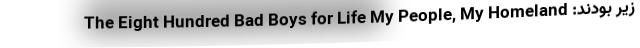
زیر بودند: The Eight Hundred Bad Boys for Life My People, My Homeland